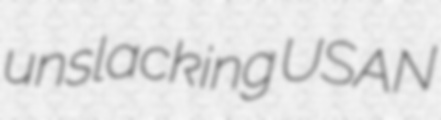
unslacking USAN